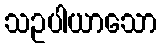
သဥပါယာသော